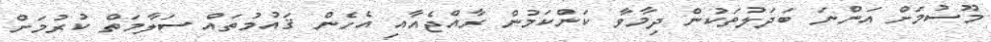
މޫސުމަށް އަންނަ ބަދަލުތަކުން ދިމާވާ ކަންކަމުން ރާއްޖެއާއި އެހެން ޤައުމުތައް ސަލާމަތް ކުރުމަށް